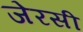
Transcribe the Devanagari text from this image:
जेरसी